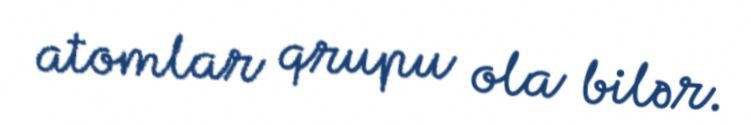
atomlar qrupu ola bilər.